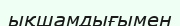
ықшамдығымен